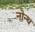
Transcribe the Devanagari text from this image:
नोन्थ